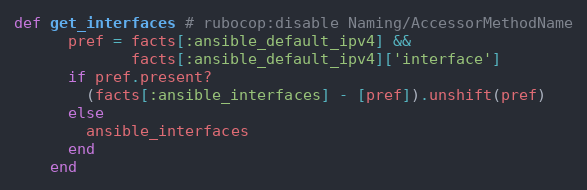
Language: Ruby
def get_interfaces # rubocop:disable Naming/AccessorMethodName
      pref = facts[:ansible_default_ipv4] &&
             facts[:ansible_default_ipv4]['interface']
      if pref.present?
        (facts[:ansible_interfaces] - [pref]).unshift(pref)
      else
        ansible_interfaces
      end
    end